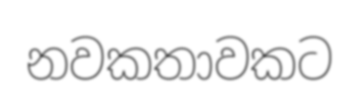
නවකතාවකට